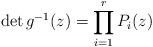
LaTeX: \begin{align*}\det g^{-1}(z) = \prod^r_{i=1} P_i(z)\end{align*}